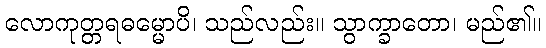
လောကုတ္တရဓမ္မောပိ၊ သည်လည်း။ သွာက္ခာတော၊ မည်၏။